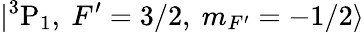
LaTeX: |{}^{3}\mathrm{P}_{1},~F^{\prime}=3/2,~m_{F^{\prime}}=-1/2\rangle